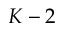
K - 2